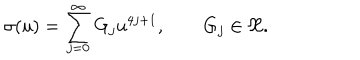
\sigma ( u ) = \sum _ { j = 0 } ^ { \infty } { G } _ { j } u ^ { 4 j + 1 } , \qquad G _ { j } \in \Re .